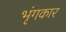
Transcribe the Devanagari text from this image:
भृंगकार